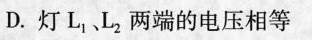
D.灯L_{1}、L_{2}两端的电压相等